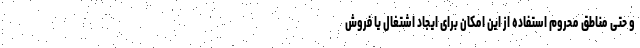
و حتی مناطق محروم استفاده از این امکان برای ایجاد اشتغال یا فروش